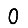
Digit: 0